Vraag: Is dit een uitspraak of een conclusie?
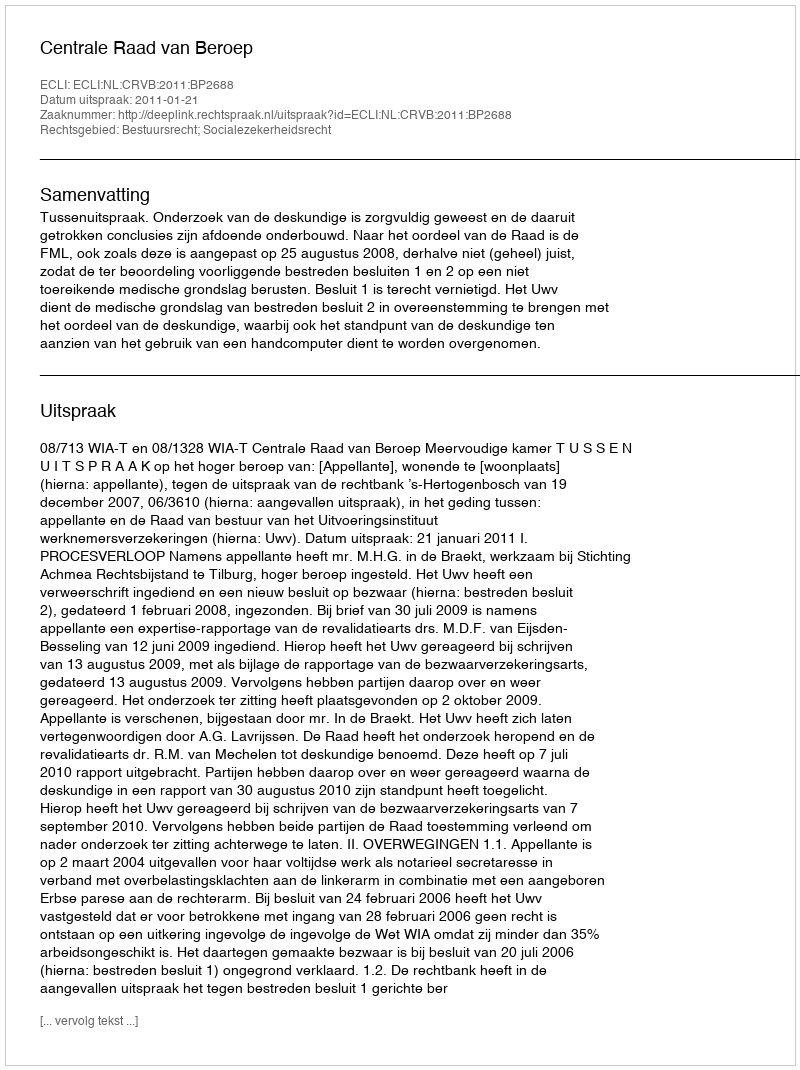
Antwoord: Uitspraak